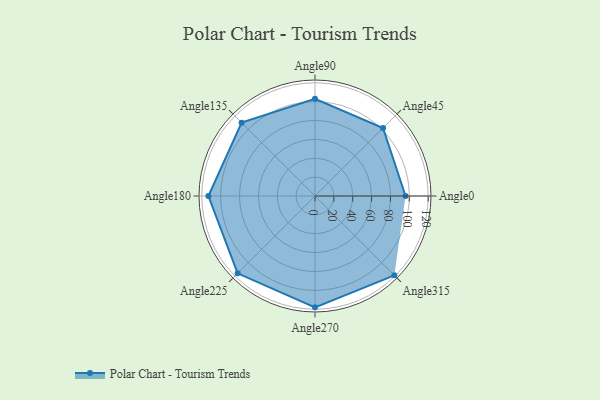
{"axis": {"x": "Angle", "y": "Radius"}, "legend": [""], "data": [{"x": "Angle0", "y": 96.0, "type": ""}, {"x": "Angle45", "y": 102.0, "type": ""}, {"x": "Angle90", "y": 103.0, "type": ""}, {"x": "Angle135", "y": 110.0, "type": ""}, {"x": "Angle180", "y": 113.0, "type": ""}, {"x": "Angle225", "y": 116.0, "type": ""}, {"x": "Angle270", "y": 118.0, "type": ""}, {"x": "Angle315", "y": 119.0, "type": ""}]}